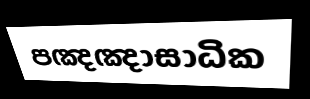
පඤඤාසාධික